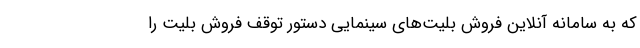
که به سامانه آنلاین فروش بلیت‌های سینمایی دستور توقف فروش بلیت را